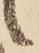
候